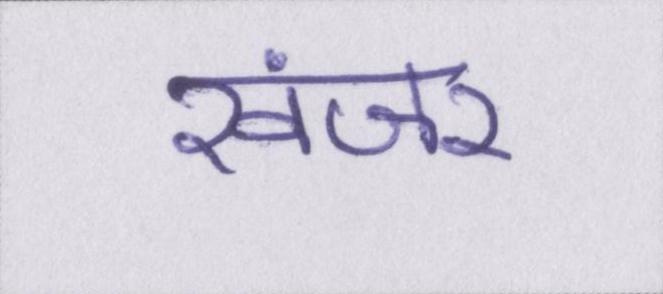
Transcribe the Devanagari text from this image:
खंजर